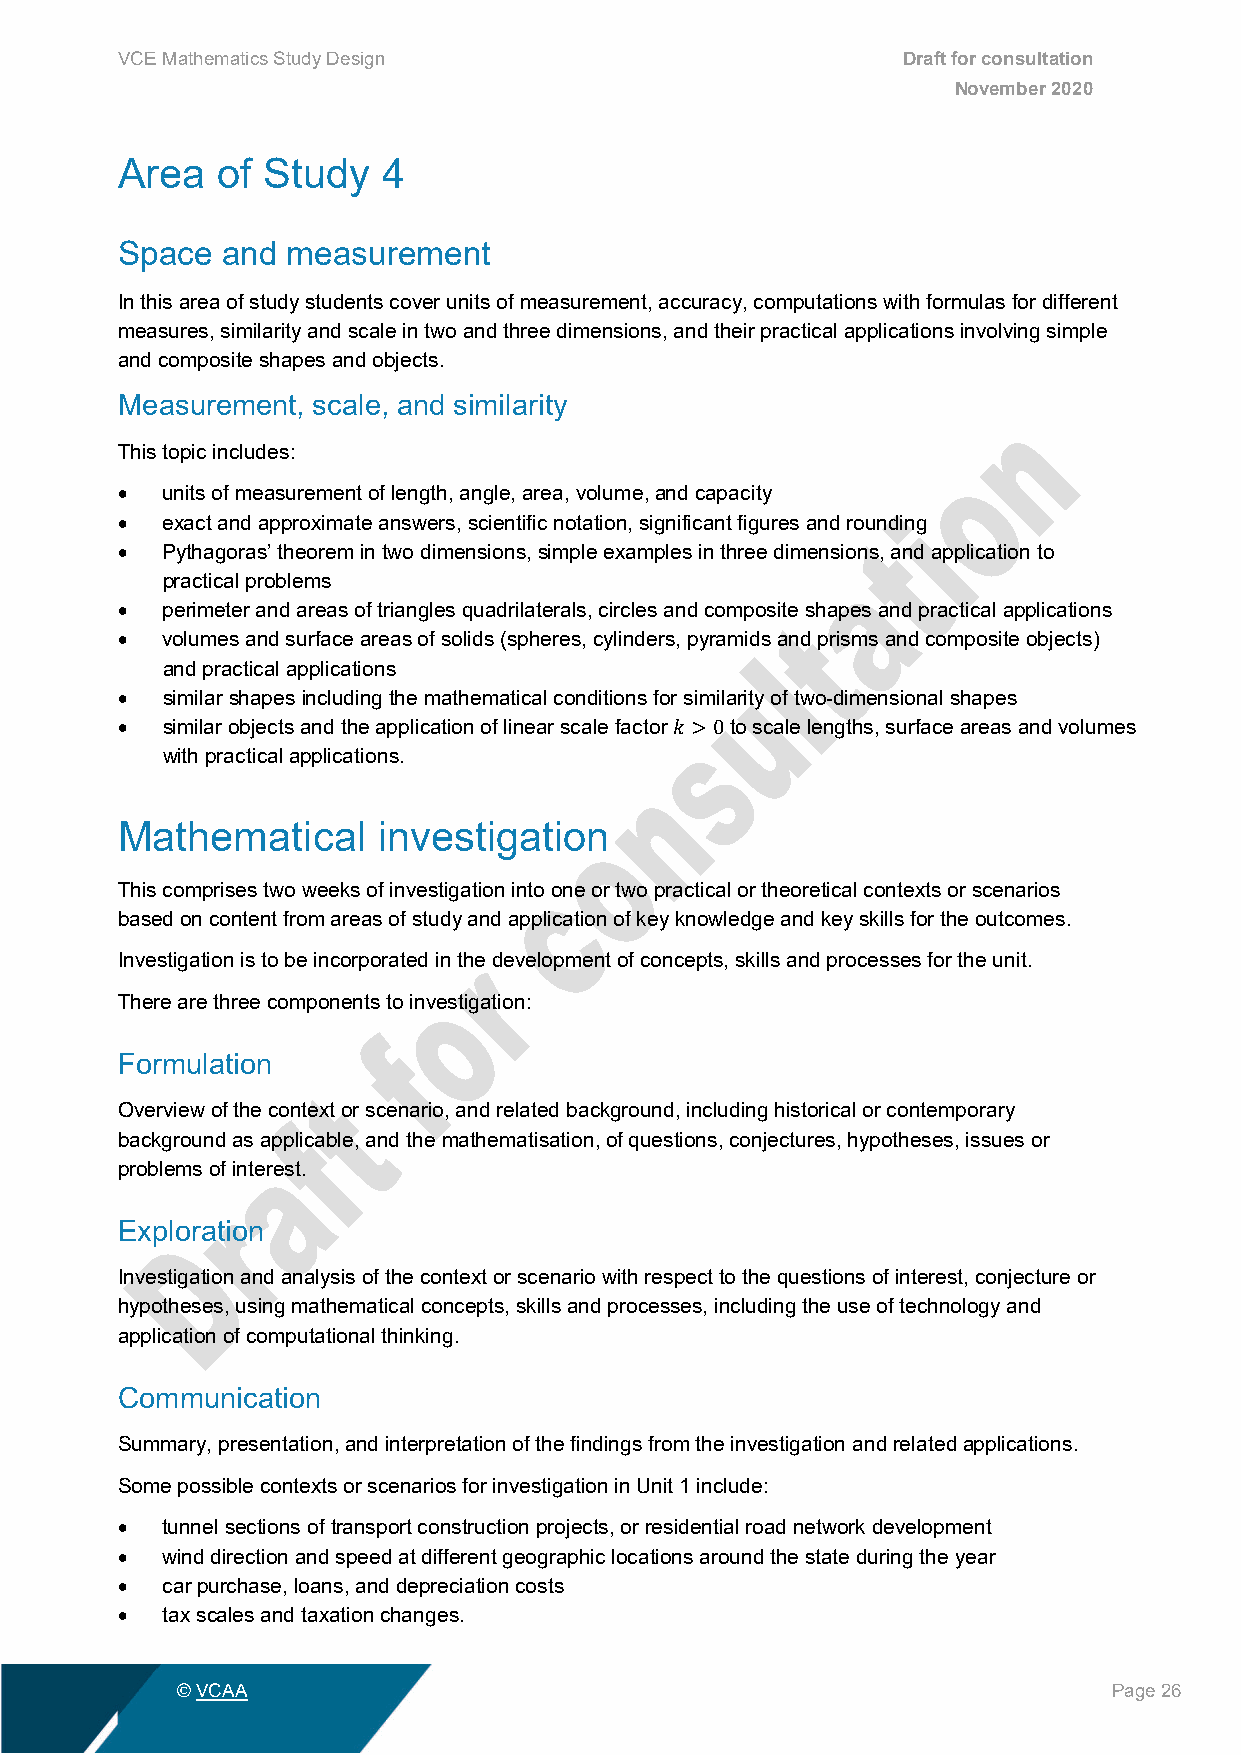
VCE Mathematics Study Design                        Draft for consultation
 November 2020
 Area  of Study   4
 Space  and measurement
 In this area of study students cover units of measurement, accuracy, computations with formulas for different
 measures, similarity and scale in two and three dimensions, and their practical applications involving simple
 and composite shapes and objects.
 Measurement, scale, and similarity
 This topic includes:
 •  units of measurement of length, angle, area, volume, and capacity
 •  exact and approximate answers, scientific notation, significant figures and rounding
 •  Pythagoras’ theorem in two dimensions, simple examples in three dimensions, and application to
 practical problems
 •  perimeter and areas of triangles quadrilaterals, circles and composite shapes and practical applications
 •  volumes and surface areas of solids (spheres, cylinders, pyramids and prisms and composite objects)
 and practical applications
 •  similar shapes including the mathematical conditions for similarity of two-dimensional shapes
 •  similar objects and the application of linear scale factor to scale lengths, surface areas and volumes
 with practical applications.
 𝑘𝑘 >0
 Mathematical     investigation
 This comprises two weeks of investigation into one or two practical or theoretical contexts or scenarios
 based on content from areas of study and application of key knowledge and key skills for the outcomes.
 Investigation is to be incorporated in the development of concepts, skills and processes for the unit.
 There are three components to investigation:
 Formulation
 Overview of the context or scenario, and related background, including historical or contemporary
 background as applicable, and the mathematisation, of questions, conjectures, hypotheses, issues or
 problems of interest.
 Exploration
 Investigation and analysis of the context or scenario with respect to the questions of interest, conjecture or
 hypotheses, using mathematical concepts, skills and processes, including the use of technology and
 application of computational thinking.
 Communication
 Summary, presentation, and interpretation of the findings from the investigation and related applications.
 Some possible contexts or scenarios for investigation in Unit 1 include:
 •  tunnel sections of transport construction projects, or residential road network development
 •  wind direction and speed at different geographic locations around the state during the year
 •  car purchase, loans, and depreciation costs
 •  tax scales and taxation changes.
 © VCAA                                                        Page 26